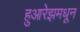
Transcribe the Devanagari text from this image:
हुआरेझमधून